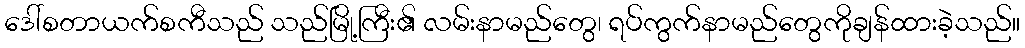
ဒေါ်စတာယက်စကီသည် သည်မြို့ကြီး၏ လမ်းနာမည်တွေ၊ ရပ်ကွက်နာမည်တွေကိုချန်ထားခဲ့သည်။